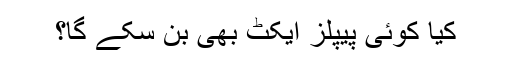
کیا کوئی پیپلز ایکٹ بھی بن سکے گا؟